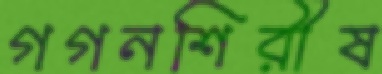
গগনশিরীষ